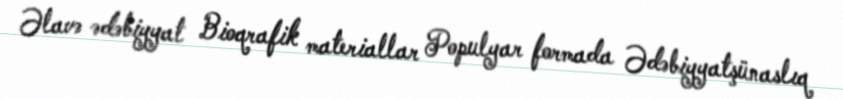
Əlavə ədəbiyyat Bioqrafik materiallar Populyar formada Ədəbiyyatşünaslıq